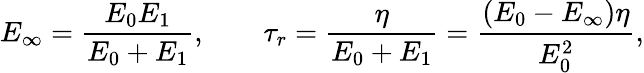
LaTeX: E_{\infty}=\frac{E_{0}E_{1}}{E_{0}+E_{1}},\qquad\tau_{r}=\frac{\eta}{E_{0}+E_{1}}=\frac{(E_{0}-E_{\infty})\eta}{E_{0}^{2}},